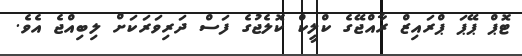
ޓޮޕް ޕޭޕަ ޕްރައިޒް ރާއްޖޭގެ ކްލީކް ކޮލެޖުގެ ފަސް ދަރިވަރަކަށް ލިބިއްޖެ އެވެ.